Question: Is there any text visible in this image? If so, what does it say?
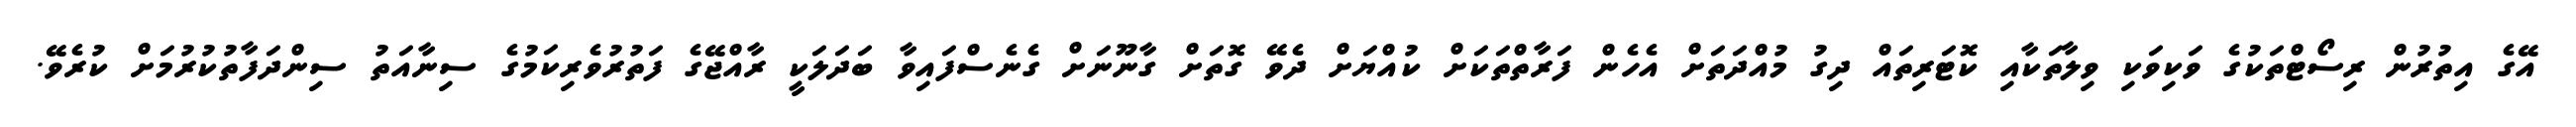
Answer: އޭގެ އިތުރުން ރިސޯޓްތަކުގެ ވަކިވަކި ވިލާތަކާއި ކޮޓަރިތައް ދިގު މުއްދަތަށް އެހެން ފަރާތްތަކަށް ކުއްޔަށް ދެވޭ ގޮތަށް ގާނޫނަށް ގެނެސްފައިވާ ބަދަލަކީ ރާއްޖޭގެ ފަތުރުވެރިކަމުގެ ސިނާއަތު ސިންދަފާތުކުރުމަށް ކުރެވޭ.